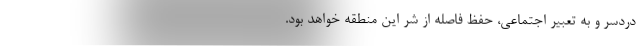
دردسر و به تعبیرِ اجتماعی، حفظِ فاصله از شّر این منطقه خواهد بود.